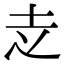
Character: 赱